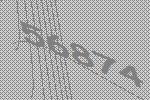
56874